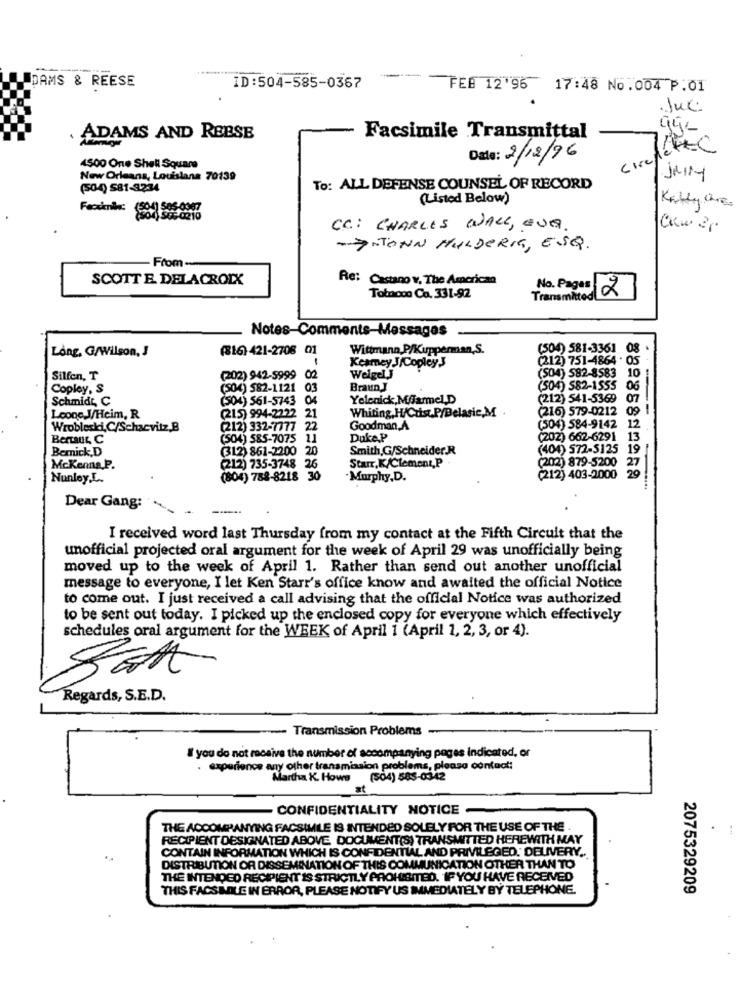
DAMS & REESE
ID:504-585-0367
FEB 12'96
17:48 No.004 P.01
.Jul:
ADAMS AND REESE
Facsimile Transmittal
Siriflette
Date: 2/12/96
4500 One Shell Square
New Orleans, Louisiana 70139
Jully
(504) 581-3234
To: ALL DEFENSE COUNSEL OF RECORD
(Listed Below)
Kelly che
C.C .: CHARLES WALL, EVA
-ENTONN MULDERIT, ESQ.
From
SCOTT E DELACROIX
Re: Castano v. The American
No. Pages
2
Totnooo Ca. 331-92
Transmitted
Notes-Comments-Messages
Long, G/Wilson, J
(16) 421-2708 01
Wittmann P/Kupperman,S.
(504) 581-3361 08
1
Keamey J/Copley3
(212) 751-4864 . 05
Silfen, T
(202) 942-5999 02
Weigel
(504) 582-8583 10
Copley, S
(504) 582-1121
03
BraunJ
(504) 582-1555
06
Schmidt, C
(504) 561-5743
04
Yelenick,Marmel.D
(212) 541-5369
07
Whiting, H/Cuist.P/Belasic,M .
(216) 579-0212
00
--
Loone J/Heim, R
(215) 994-2222
21
Wrobleski,C/Schacvitz.B
(212) 332-7777 22
Goodman,A
(504) 584-9142 12
Bertaus, C
(504) 585-7075 11
Duke.P
(202) 662-6291 13
Bemnick.D
(312) 861-2200
Smith G/Schneider.R
(404) 572-5125 19
(202) 879-5200 27
Mckenna P.
(212) 735-3748 26
Starr, K/Clement,P
Nunley.L.
(804) 788-8218 3
. Murphy,D.
(212) 403-2000
29
Dear Gang:
I received word last Thursday from my contact at the Fifth Circuit that the
unofficial projected oral argument for the week of April 29 was unofficially being
moved up to the week of April 1. Rather than send out another unofficial
message to everyone, I let Ken Starr's office know and awaited the official Notice
to come out. I just received a call advising that the official Notice was authorized
to be sent out today. I picked up the enclosed copy for everyone which effectively
schedules oral argument for the WEEK of April 1 (April 1, 2, 3, or 4).
Regards, S.E.D.
Transmission Problems
I you do not receive the number of accompanying pages indicated, or
experience any other transmission problems, please contact:
Martha K. Hows (504) 585-03-42
at
CONFIDENTIALITY NOTICE
THE ACCOMPANYING FACSIMILE IS INTENDED SOLELY FOR THE USE OF THE .
RECIPIENT DESIGNATED ABOVE DOCUMENT(S) TRANSMITTED HEREWITH MAY
CONTAIN INFORMATION WHICH IS CONFIDENTIAL AND PRIVILEGED. DELIVERY ..
DISTRIBUTION OR DISSEMINATION OF THIS COMMUNICATION OTHER THAN TO
THE INTENDED RECIPIENT IS STRICTLY PROHIBITED. IF YOU HAVE RECEIVED
THIS FACSIMILE IN ERROR, PLEASE NOTIFY US IMMEDIATELY BY TELEPHONE.
2075329209